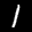
Label: 1